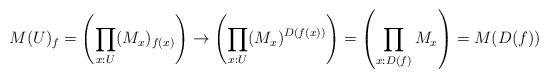
LaTeX: \begin{align*} M(U)_f=\left(\prod_{x:U}(M_x)_{f(x)}\right)\to \left(\prod_{x:U}(M_x)^{D(f(x))}\right) =\left(\prod_{x:D(f)}M_x\right) =M(D(f)) \end{align*}